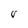
Character: V